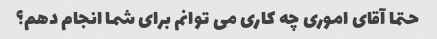
حتما آقای اموری چه کاری می توانم برای شما انجام دهم؟